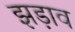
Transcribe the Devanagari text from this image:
झड़ाव